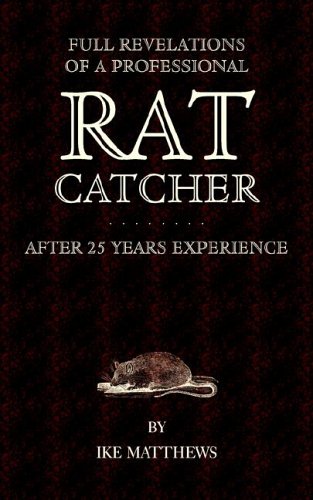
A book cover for Full Revelations of a Professional Rat-Catcher After 25 Years' Experience; Ike Matthews; Science & Math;